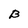
Character: B